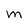
Character: M